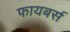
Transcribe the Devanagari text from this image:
फायबर्स